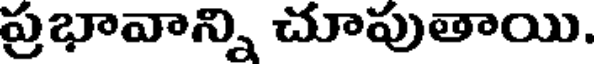
ప్రభావాన్ని చూపుతాయి.